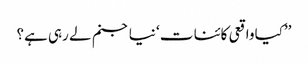
’’کیا واقعی کائنا ت ‘ نیا جنم لے رہی ہے؟